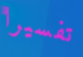
تفسيرا